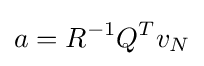
a=R^{-1}Q^{T}v_{N}